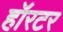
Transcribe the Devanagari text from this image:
हॉरटर